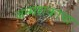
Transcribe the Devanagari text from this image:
जन्मशकाचा